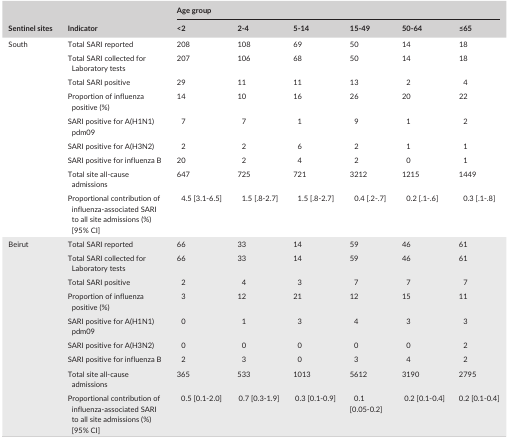
<table><thead><tr><td rowspan="2"><b>Sentinel sites</b></td><td rowspan="2"><b>Indicator</b></td><td colspan="6"><b>Age group</b></td></tr><tr><td><b>&lt;2</b></td><td><b>2‐4</b></td><td><b>5‐14</b></td><td><b>15‐49</b></td><td><b>50‐64</b></td><td><b>≤65</b></td></tr></thead><tbody><tr><td rowspan="9">South</td><td>Total SARI reported</td><td>208</td><td>108</td><td>69</td><td>50</td><td>14</td><td>18</td></tr><tr><td>Total SARI collected for Laboratory tests</td><td>207</td><td>106</td><td>68</td><td>50</td><td>14</td><td>18</td></tr><tr><td>Total SARI positive</td><td>29</td><td>11</td><td>11</td><td>13</td><td>2</td><td>4</td></tr><tr><td>Proportion of influenza positive (%)</td><td>14</td><td>10</td><td>16</td><td>26</td><td>20</td><td>22</td></tr><tr><td>SARI positive for A(H1N1)pdm09</td><td>7</td><td>7</td><td>1</td><td>9</td><td>1</td><td>2</td></tr><tr><td>SARI positive for A(H3N2)</td><td>2</td><td>2</td><td>6</td><td>2</td><td>1</td><td>1</td></tr><tr><td>SARI positive for influenza B</td><td>20</td><td>2</td><td>4</td><td>2</td><td>0</td><td>1</td></tr><tr><td>Total site all‐cause admissions</td><td>647</td><td>725</td><td>721</td><td>3212</td><td>1215</td><td>1449</td></tr><tr><td>Proportional contribution of influenza‐associated SARI to all site admissions (%) [95% CI]</td><td>4.5 [3.1‐6.5]</td><td>1.5 [.8‐2.7]</td><td>1.5 [.8‐2.7]</td><td>0.4 [.2‐.7]</td><td>0.2 [.1‐.6]</td><td>0.3 [.1‐.8]</td></tr><tr><td rowspan="9">Beirut</td><td>Total SARI reported</td><td>66</td><td>33</td><td>14</td><td>59</td><td>46</td><td>61</td></tr><tr><td>Total SARI collected for Laboratory tests</td><td>66</td><td>33</td><td>14</td><td>59</td><td>46</td><td>61</td></tr><tr><td>Total SARI positive</td><td>2</td><td>4</td><td>3</td><td>7</td><td>7</td><td>7</td></tr><tr><td>Proportion of influenza positive (%)</td><td>3</td><td>12</td><td>21</td><td>12</td><td>15</td><td>11</td></tr><tr><td>SARI positive for A(H1N1)pdm09</td><td>0</td><td>1</td><td>3</td><td>4</td><td>3</td><td>3</td></tr><tr><td>SARI positive for A(H3N2)</td><td>0</td><td>0</td><td>0</td><td>0</td><td>0</td><td>2</td></tr><tr><td>SARI positive for influenza B</td><td>2</td><td>3</td><td>0</td><td>3</td><td>4</td><td>2</td></tr><tr><td>Total site all‐cause admissions</td><td>365</td><td>533</td><td>1013</td><td>5612</td><td>3190</td><td>2795</td></tr><tr><td>Proportional contribution of influenza‐associated SARI to all site admissions (%) [95% CI]</td><td>0.5 [0.1‐2.0]</td><td>0.7 [0.3‐1.9]</td><td>0.3 [0.1‐0.9]</td><td>0.1 [0.05‐0.2]</td><td>0.2 [0.1‐0.4]</td><td>0.2 [0.1‐0.4]</td></tr></tbody></table>